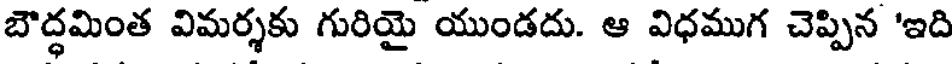
బౌద్ధమింత విమర్శకు గురియై యుండదు. ఆ విధముగ చెప్పిన 'ఇది